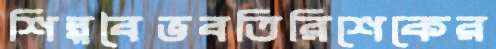
শিল্পবৈভবতিরিশেকের